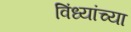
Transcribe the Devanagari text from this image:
विंध्यांच्या